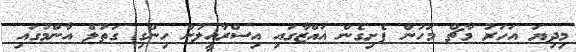
މިދިޔަ އަހަރު މާޗް މަހުން ފެށިގެން ޣައްޒާގައި އިސްރާއީލުން ހިންގި ގަތުލް އާންމުގައި